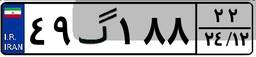
۴۹گ۱۸۸۲۲